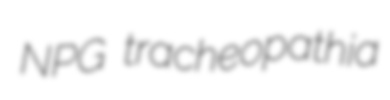
NPG tracheopathia